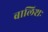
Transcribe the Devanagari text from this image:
बालिशः